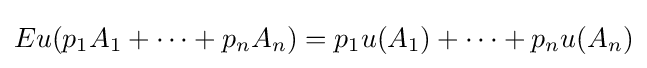
Eu(p_{1}A_{1}+\cdots +p_{n}A_{n})=p_{1}u(A_{1})+\cdots +p_{n}u(A_{n})